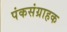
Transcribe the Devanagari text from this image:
पंकसंग्राहक